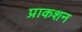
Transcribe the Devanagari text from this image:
प्राकशन